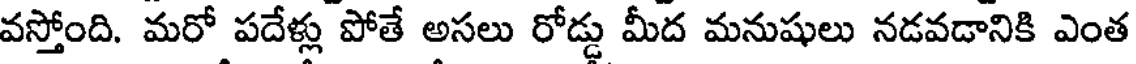
వస్తోంది. మరో పదేళ్లు పోతే అసలు రోడ్డు మీద మనుషులు నడవడానికి ఎంత